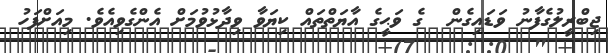
ޖިބްރީލުގެފާނު ވަޑައިގެން  ގެ ވަޙީގެ އާޔަތްތައް ކިޔަވާ ވިދާޅުވުމަށް އެންގެވިއެވެ. މިއަށްފަހު